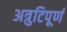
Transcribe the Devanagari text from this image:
अत्रुटिपूर्ण